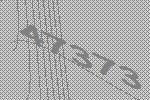
47373